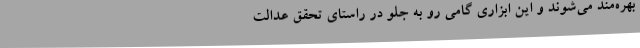
بهره‌مند ‌می‌شوند و این ابزاری گامی رو به جلو در راستای تحقق عدالت